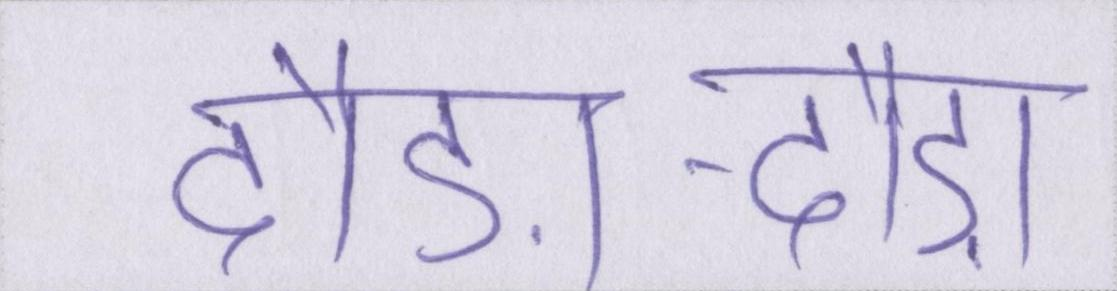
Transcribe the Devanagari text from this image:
दौड़ा-दौड़ा